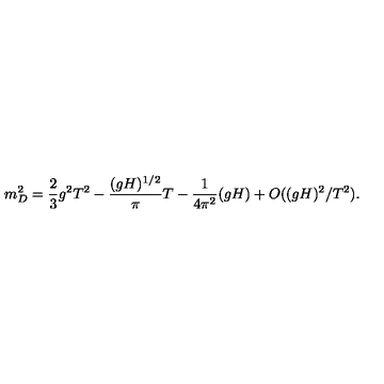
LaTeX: m _ { D } ^ { 2 } = \frac { 2 } { 3 } g ^ { 2 } T ^ { 2 } - \frac { ( g H ) ^ { 1 / 2 } } { \pi } T - \frac { 1 } { 4 \pi ^ { 2 } } ( g H ) + O ( ( g H ) ^ { 2 } / T ^ { 2 } ) .